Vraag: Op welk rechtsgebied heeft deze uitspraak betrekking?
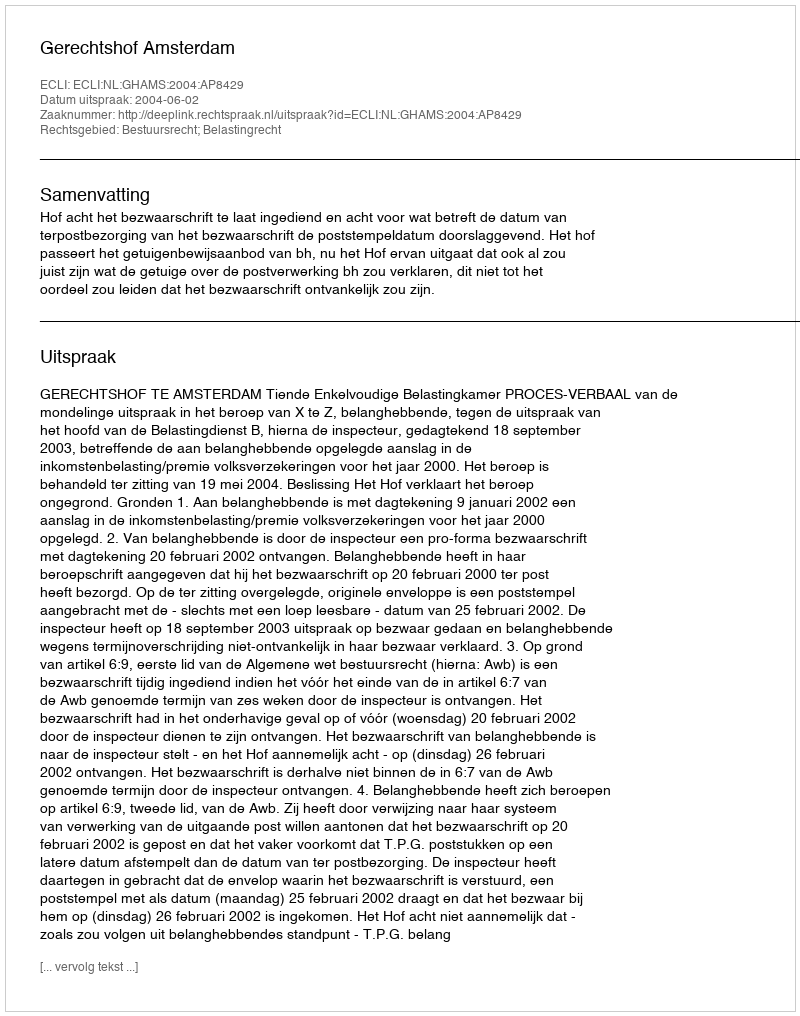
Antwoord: Bestuursrecht; Belastingrecht